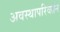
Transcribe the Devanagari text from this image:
अवस्थापरिवर्तन